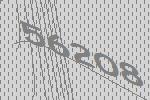
56208